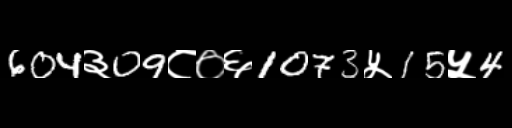
Text: 604३09८०६1073५15५4